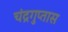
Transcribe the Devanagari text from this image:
चंद्रगुप्तास